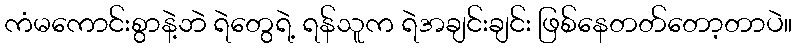
ကံမကောင်းစွာနဲ့ဘဲ ရဲတွေရဲ့ ရန်သူက ရဲအချင်းချင်း ဖြစ်နေတတ်တော့တာပဲ။